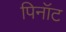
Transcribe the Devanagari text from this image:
पिनॉट